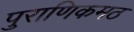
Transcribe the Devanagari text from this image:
पुराणिकमठ